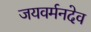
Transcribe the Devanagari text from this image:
जयवर्मनदेव